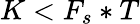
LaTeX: K<F_{s}*T